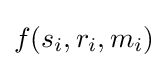
f(s_{i},r_{i},m_{i})